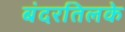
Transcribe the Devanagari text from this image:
बंदरतिलके